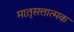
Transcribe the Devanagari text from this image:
मात़ृसत्तात्मक